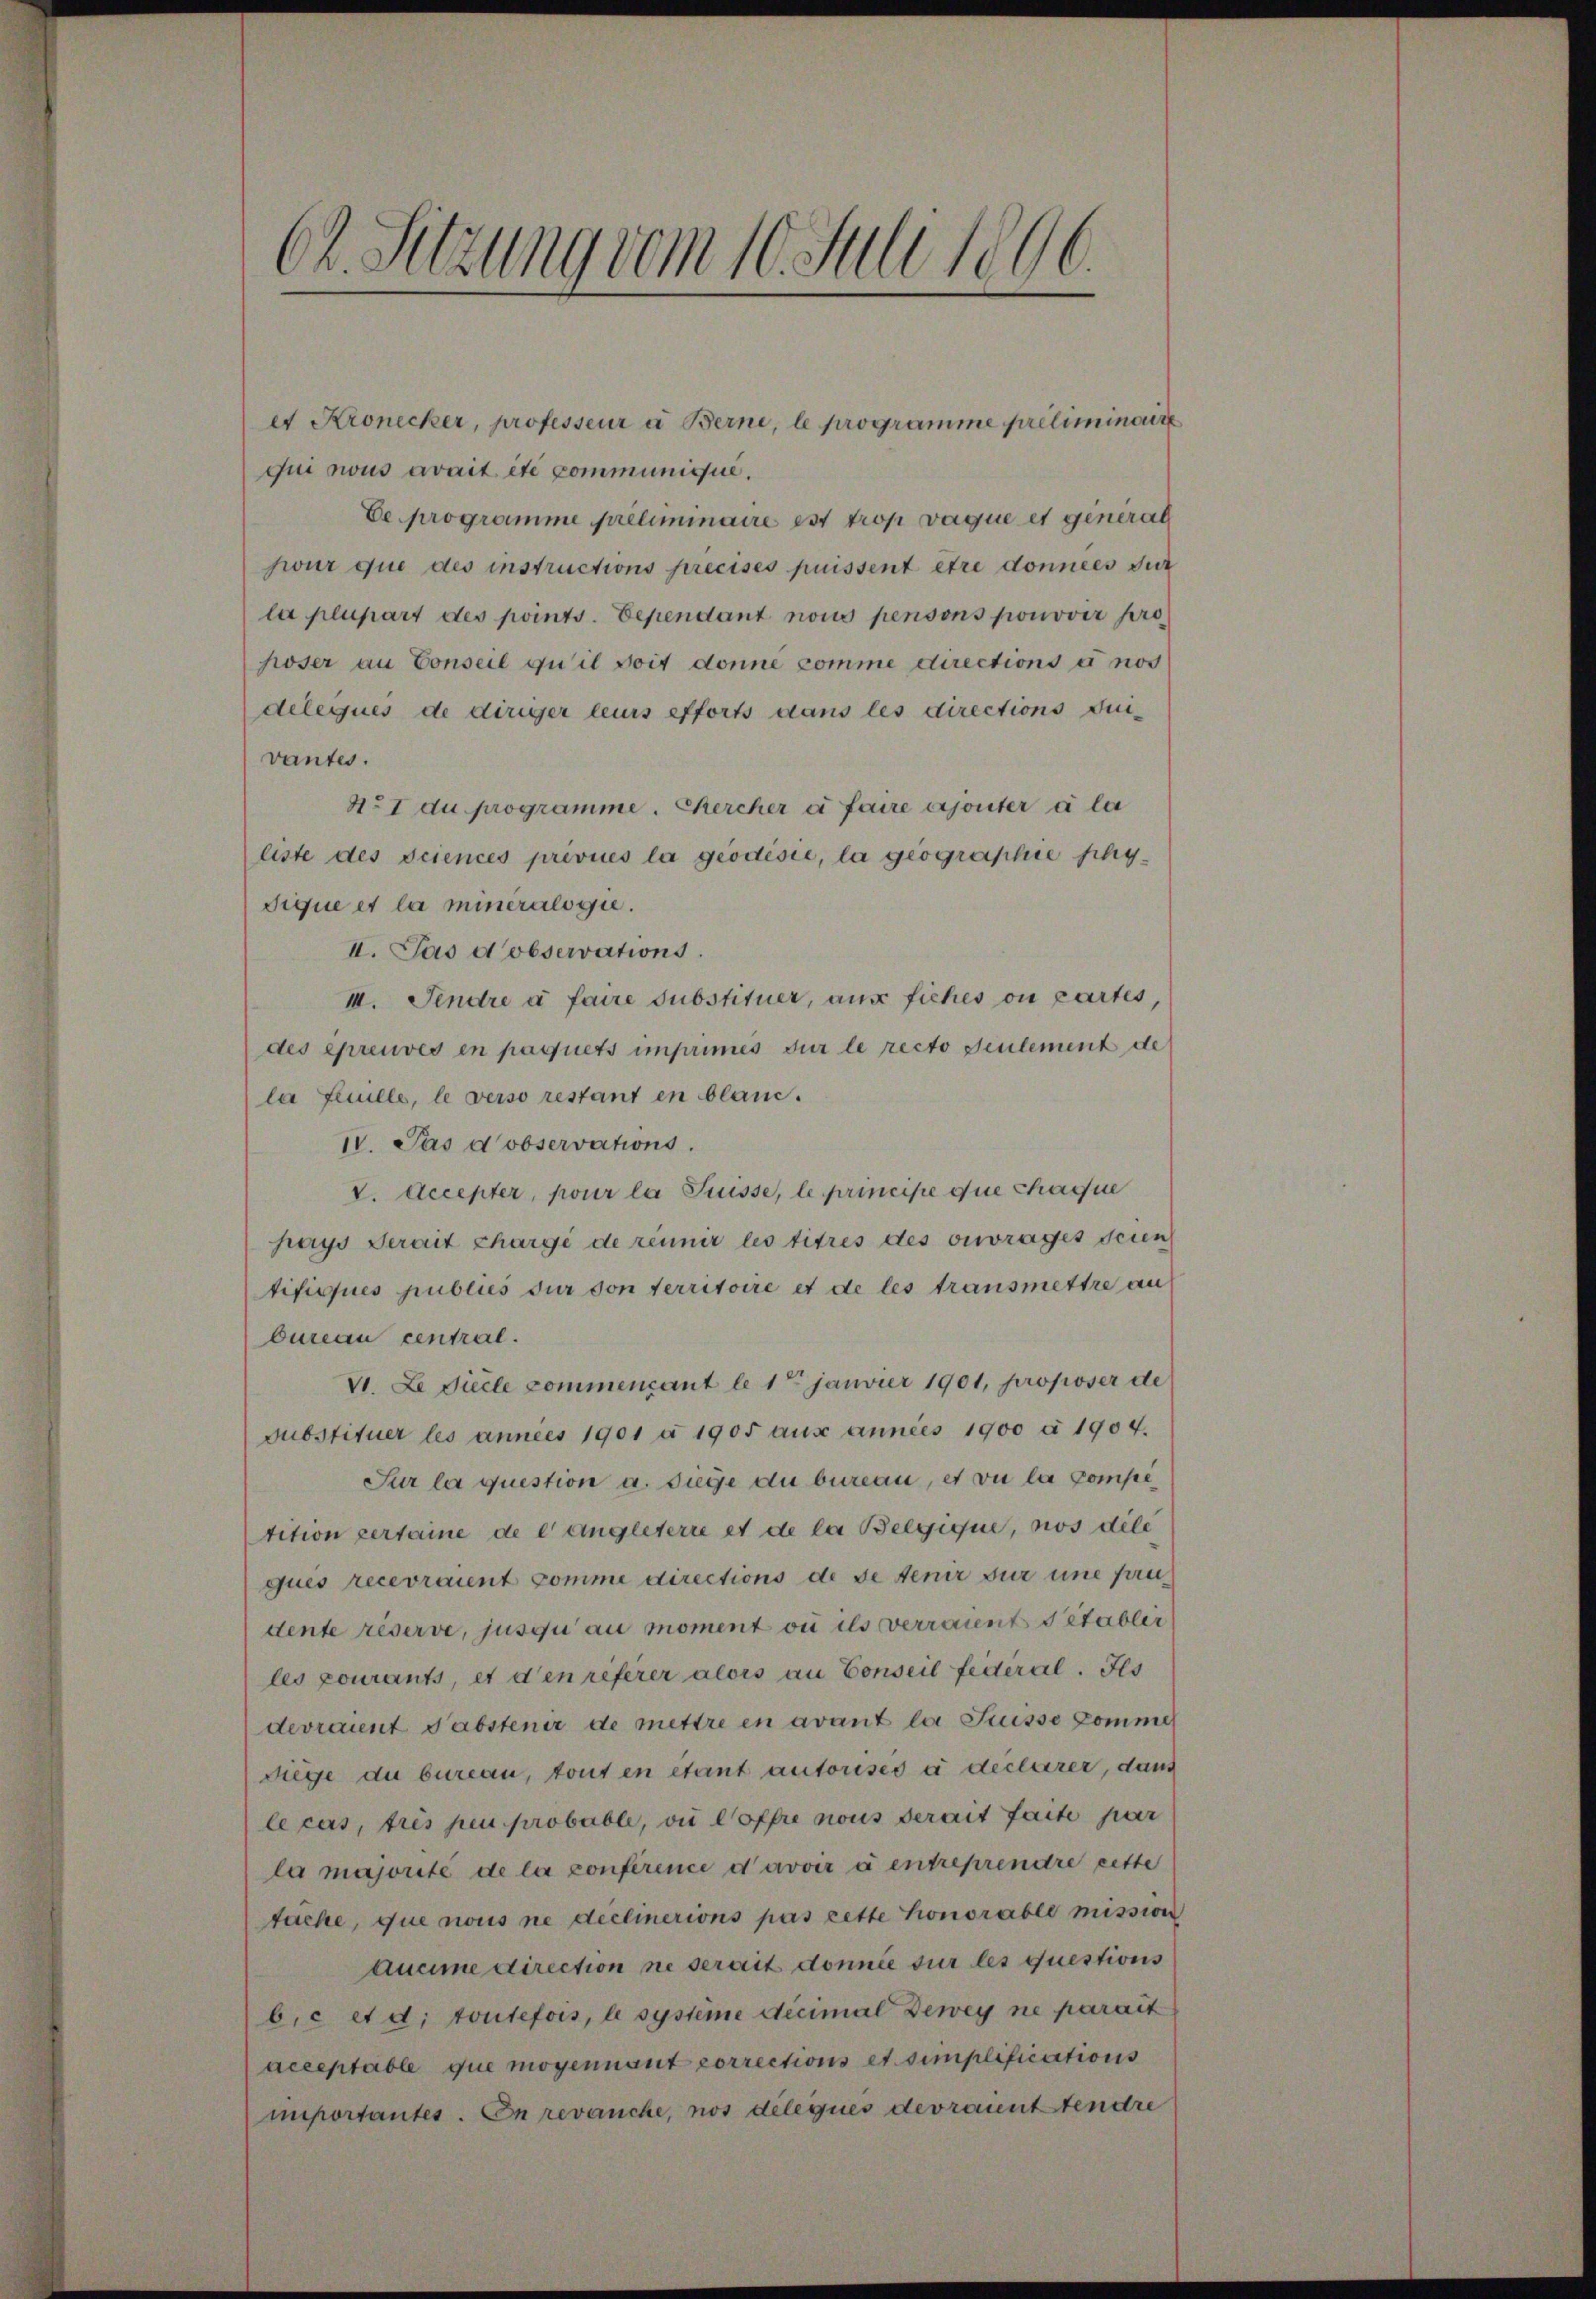
Ch. Sitzung vom 10. Juli 1896.

er Kronecker, professeur a Berne, le programme préliminaire
qui nous avait été communique.
De programme preliminaire est trop vaque et general
swur que des instructions précises puissent être données sur
la plupart des points. Dependant nous pensons ponovir pro
hoser an Conseil qu’il soit donne comme directions à nos
deleques de diriger leurs efforts dans les directions Quivantes.
N. I du programme. Chercher à faire ajouter à la
liste des sciences priviles la geodisie, la geographie phy¬
Sique et la mineralogie.
II. Pas d’observations.
III. Sendre à faire substituer, aus fiches ou partes,
des epreuves en paquets imprimes sur le recto seulement de
la feuille, le verso restant en blau.
IV. Pas d observations.
t. Accepter, pour la Suisse, le principe die chaque
pays Serait chargé de réunir les titres des ouvrages seien
tificques publiés dur von territoire et de les transmettre au
Oureau central.
VI. L. Ficle commencant le 1ten Janvier 1901, proposer de
substituer les années 1901 n 1905 aus annes 1900 à 1904.
Sur la question a. Siege du bureau, er vu la competition vertaine de langleterre et de la Belgique, nos dile
ques recevraient somme directions de se tenir für eine fandente réserve, jusqu’au moment ou ils verraient détablir
les pourants, et den referer alors an Conseil federal. Ils
devraient dabstenir de mettre en avant la Suisse komme
Siege du bureau, tout en étant autorises à déclarer, dann
le cas, tres peu probable, ou l’offre nous serait faite par
la majorité de la conférence d’avoir à entreprendre cette
täche, que nous ne declinerions pas cette honorable mission
aucime direction ne serait donnée sur les questions
b.c et d. toutefois, le systeme decimal Dewey ne parait
acceptable que moyennant corrections et simplifications
miportantes. En revanche, nos deleques devraient tendre